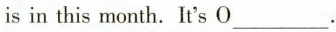
is in this month. It's O___.